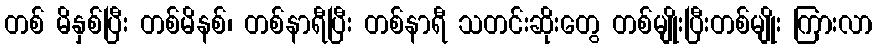
တစ် မိနှစ်ပြီး တစ်မိနစ်၊ တစ်နာရီပြီး တစ်နာရီ သတင်းဆိုးတွေ တစ်မျိုးပြီးတစ်မျိုး ကြားလာ